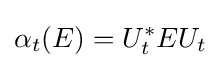
\alpha _{t}(E)=U_{t}^{*}EU_{t}